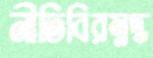
নীতিবিরম্নদ্ধ